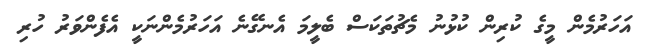
އަހަރުމެން މީގެ ކުރިން ކުޅުނު މެޗުތަކަސް ބެލީމަ އެނގޭނެ އަހަރުމެންނަކީ އެފެންވަރު ހުރި